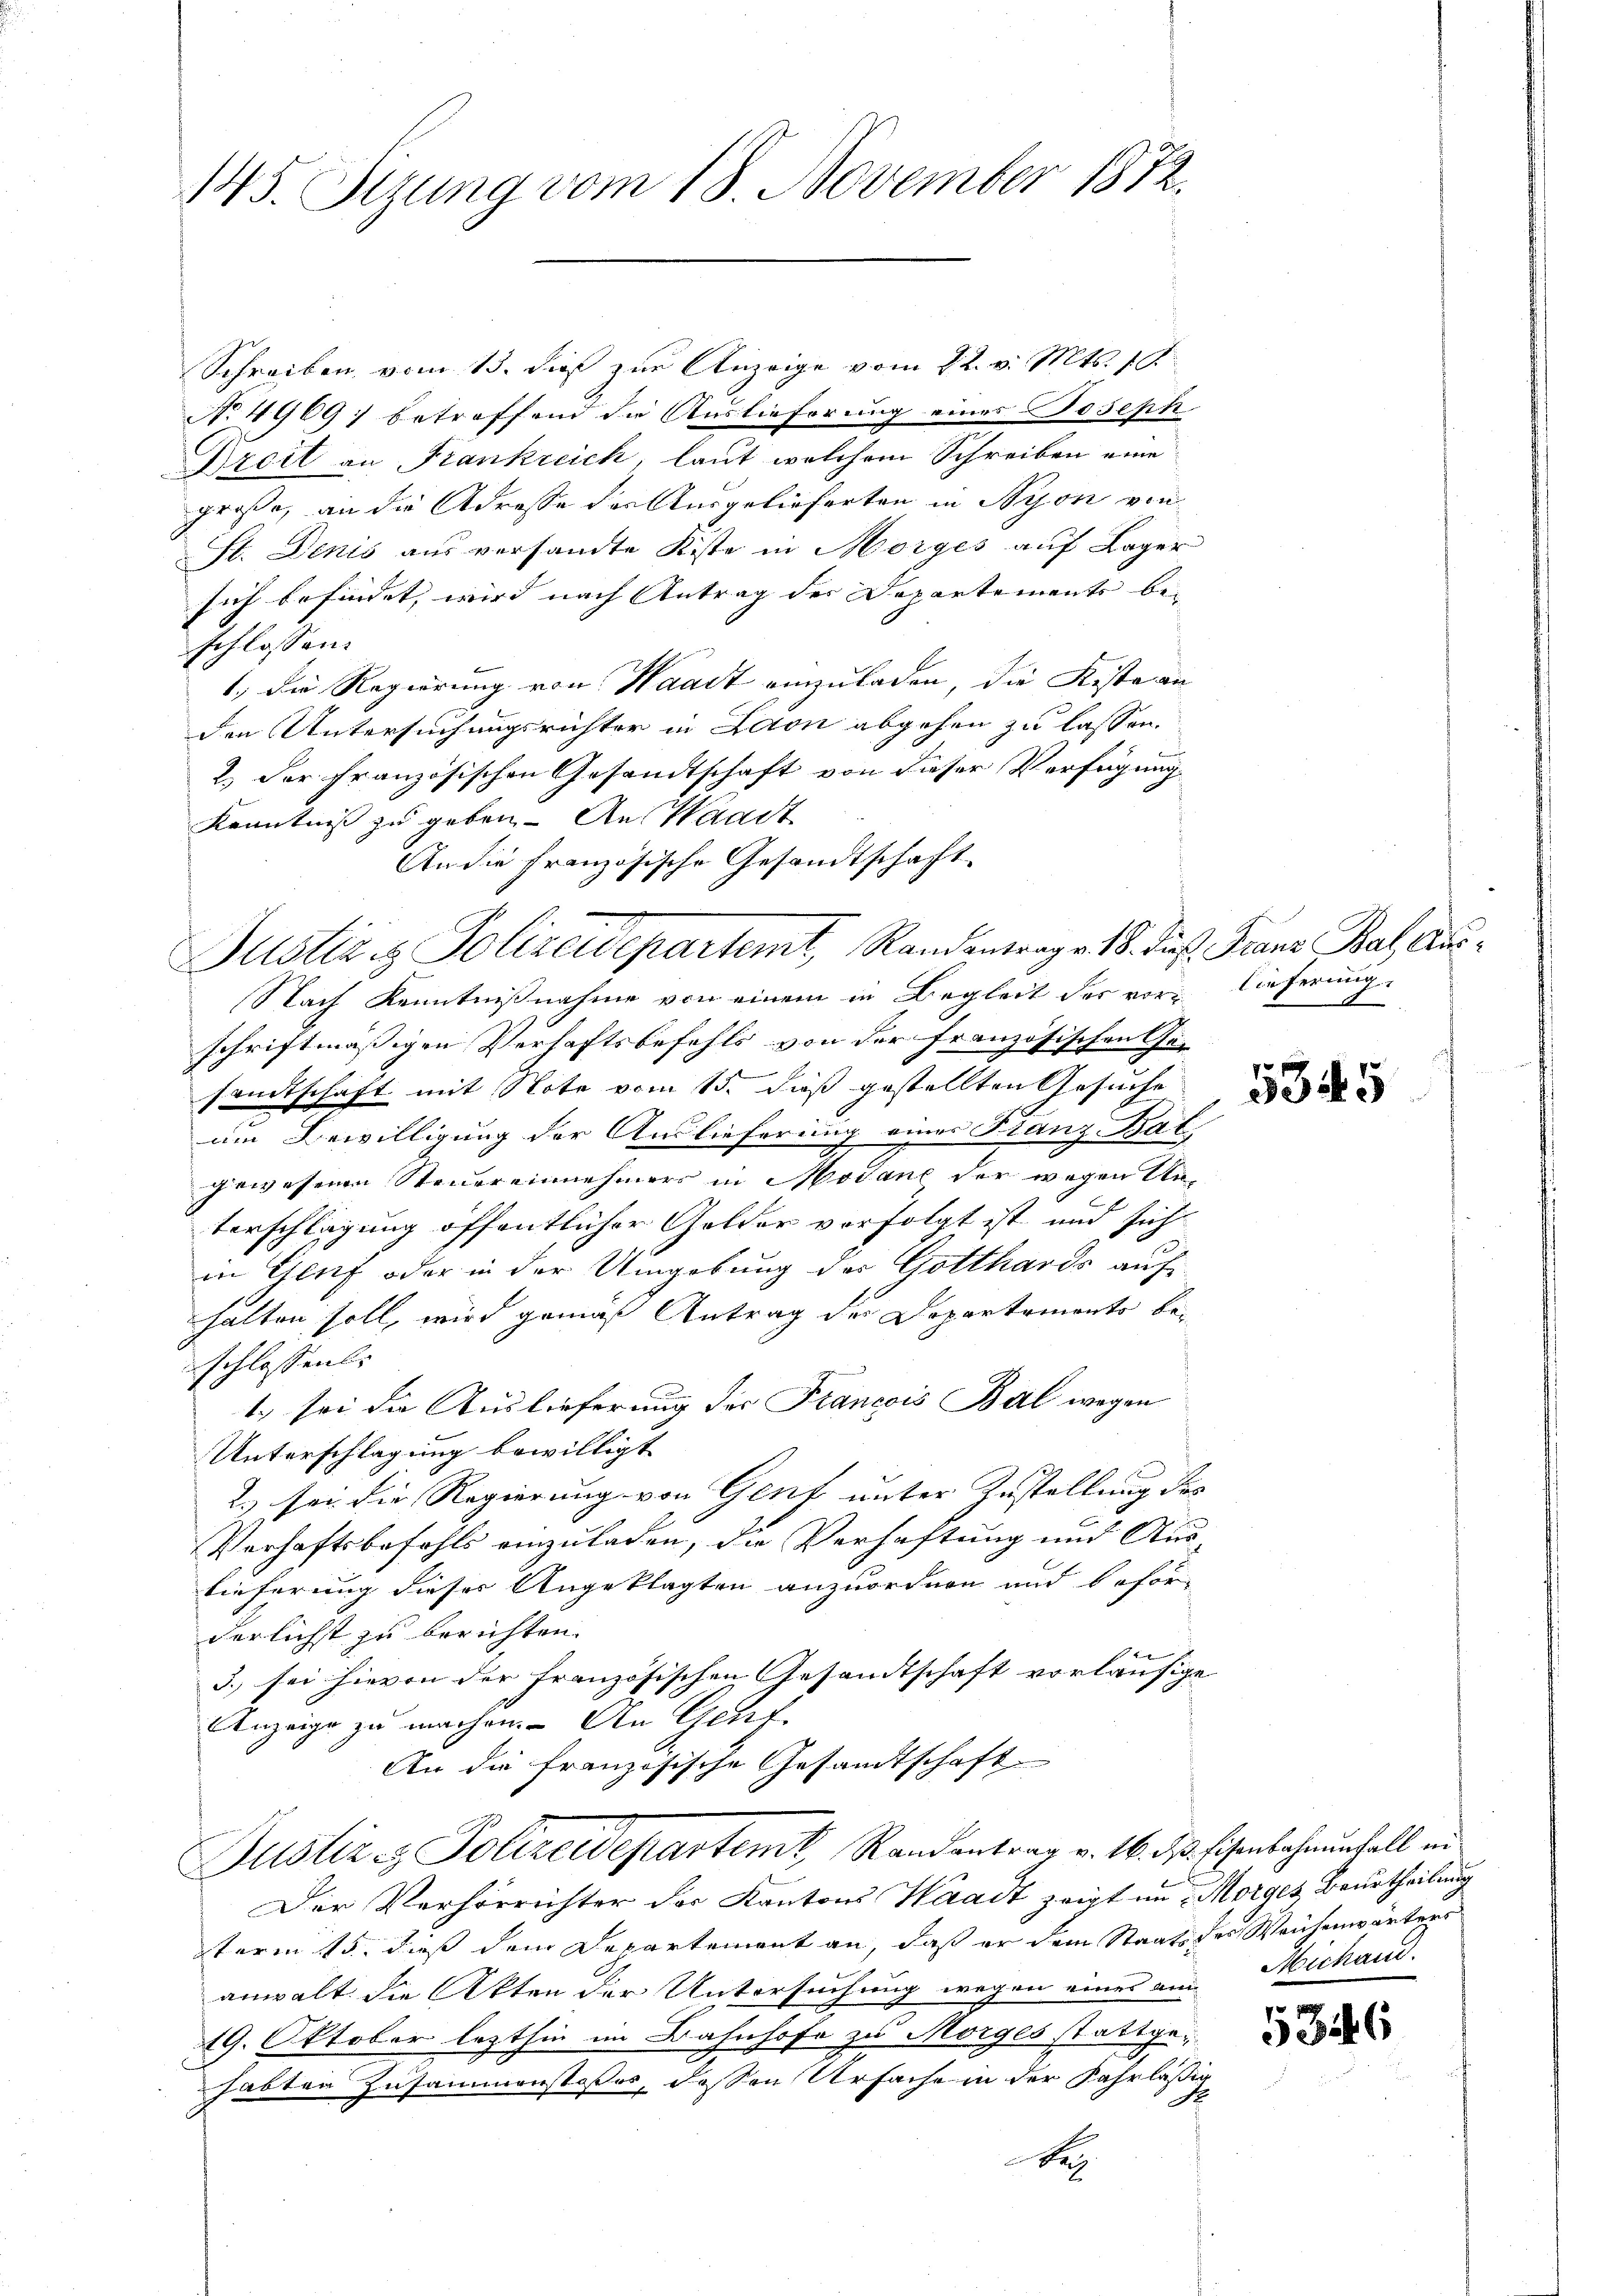
145. Sizung vom 18. November 1872.

Schreiben vom 15. dieß zur Anzeige vom 12. v. Mts. 19.
No 4969 betreffend die Auslieferung eines Joseph
Dreit an Frankreich, laut welchem Schreiben eine
große, an die Adresse der Ausgelieferten in Nyon von
St. Denis aus versandte Kiste in Morges auf Lager
sich befindet, wird nach Antrag der Departemente bei
schlossen:
1.) Die Regierung von Waadt einzuladen, die Kiste an
den Untersuchungsrichter in Laon abgehen zu lassen.
2.) Der französischen Gesandtschaft von dieser Verfügung
Kenntniß zu geben. An Waadt
An die französische Gesandtschaft
Nach Kenntnißnahme von einem in Begleit des vorschriftmäßigen Verhaftsbefehls von der französischen Ge-
samtschaft mit Note vom 15. daß gestellten Gesuche
im Bewilligung der Auslieferung eines Branz-Bat
gewesenen Steuereinnehmers in Modane der wegen Unterschlagung öffentlicher Golder vorfolgt ist und sich
in Genf oder in der Umgebung des Gotthards auf
halten soll, wird gemäß Antrag des Departemento beschlossens
1.) sei die Auslieferung der Francois Bal wegen
Unterschlagung bewilligt.
2) sei die Regierung von Genf unter Zustellung des
Verhaftsbefehls einzuladen, die Verhaftung und Auslieferung dieser Angeklagten anzuordnen und beförderlichst zu berichten.
x
3.) sei hievon der französischen Gesandtschaft vorläufige
Anzeige zu machen. An Genf
An die französische Gesandtschaft
Justiz & Polizeidepartemt, Randentrag v. 16. ds Eisenbahrnunfall in
Der Verhörrichter der Kantons Haart zeigt im Morges Beurtheilung
sterm 15. dies dem Departement an, daß er dem Staats des Weichenwärters
anwalt die Akten der Untersuchung wegen eines an¬
19. Oktober lezthin im Bahnhofe zu Morges stattgehabten Zusammenstosses, dessen Urfache in der Fahrläßig
E
A

Justiz & Polizeidepartemt, Randentrage 18. Jes. Franz Bal Aus¬

lieferung

5345

Michan

535

6